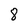
Character: 8